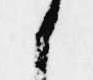
候